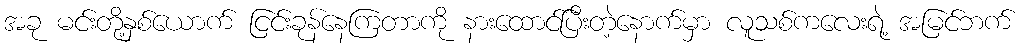
အခု မင်းတို့နှစ်ယောက် ငြင်းခုန်နေကြတာကို နားထောင်ပြီးတဲ့နောက်မှာ လူသစ်ကလေးရဲ့ အမြင်ဘက်